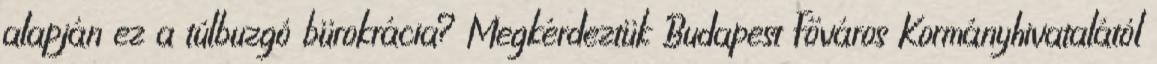
alapján ez a túlbuzgó bürokrácia? Megkérdeztük Budapest Főváros Kormányhivatalától